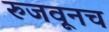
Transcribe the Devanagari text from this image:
रुजवूनच